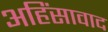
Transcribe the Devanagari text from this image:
अहिंसावाद